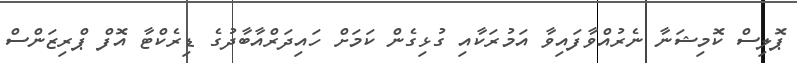
ޕޮލިސް ކޮމިޝަނާ ނެރުއްވާފައިވާ އަމުރަކާއި ގުޅިގެން ކަމަށް ހައިދަރްއާބާދުގެ ޑިރެކްޓާ އޮފް ޕްރިޒަންސް